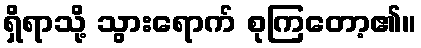
ရှိရာသို့ သွားရောက် စုကြတော့၏။